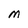
Character: M